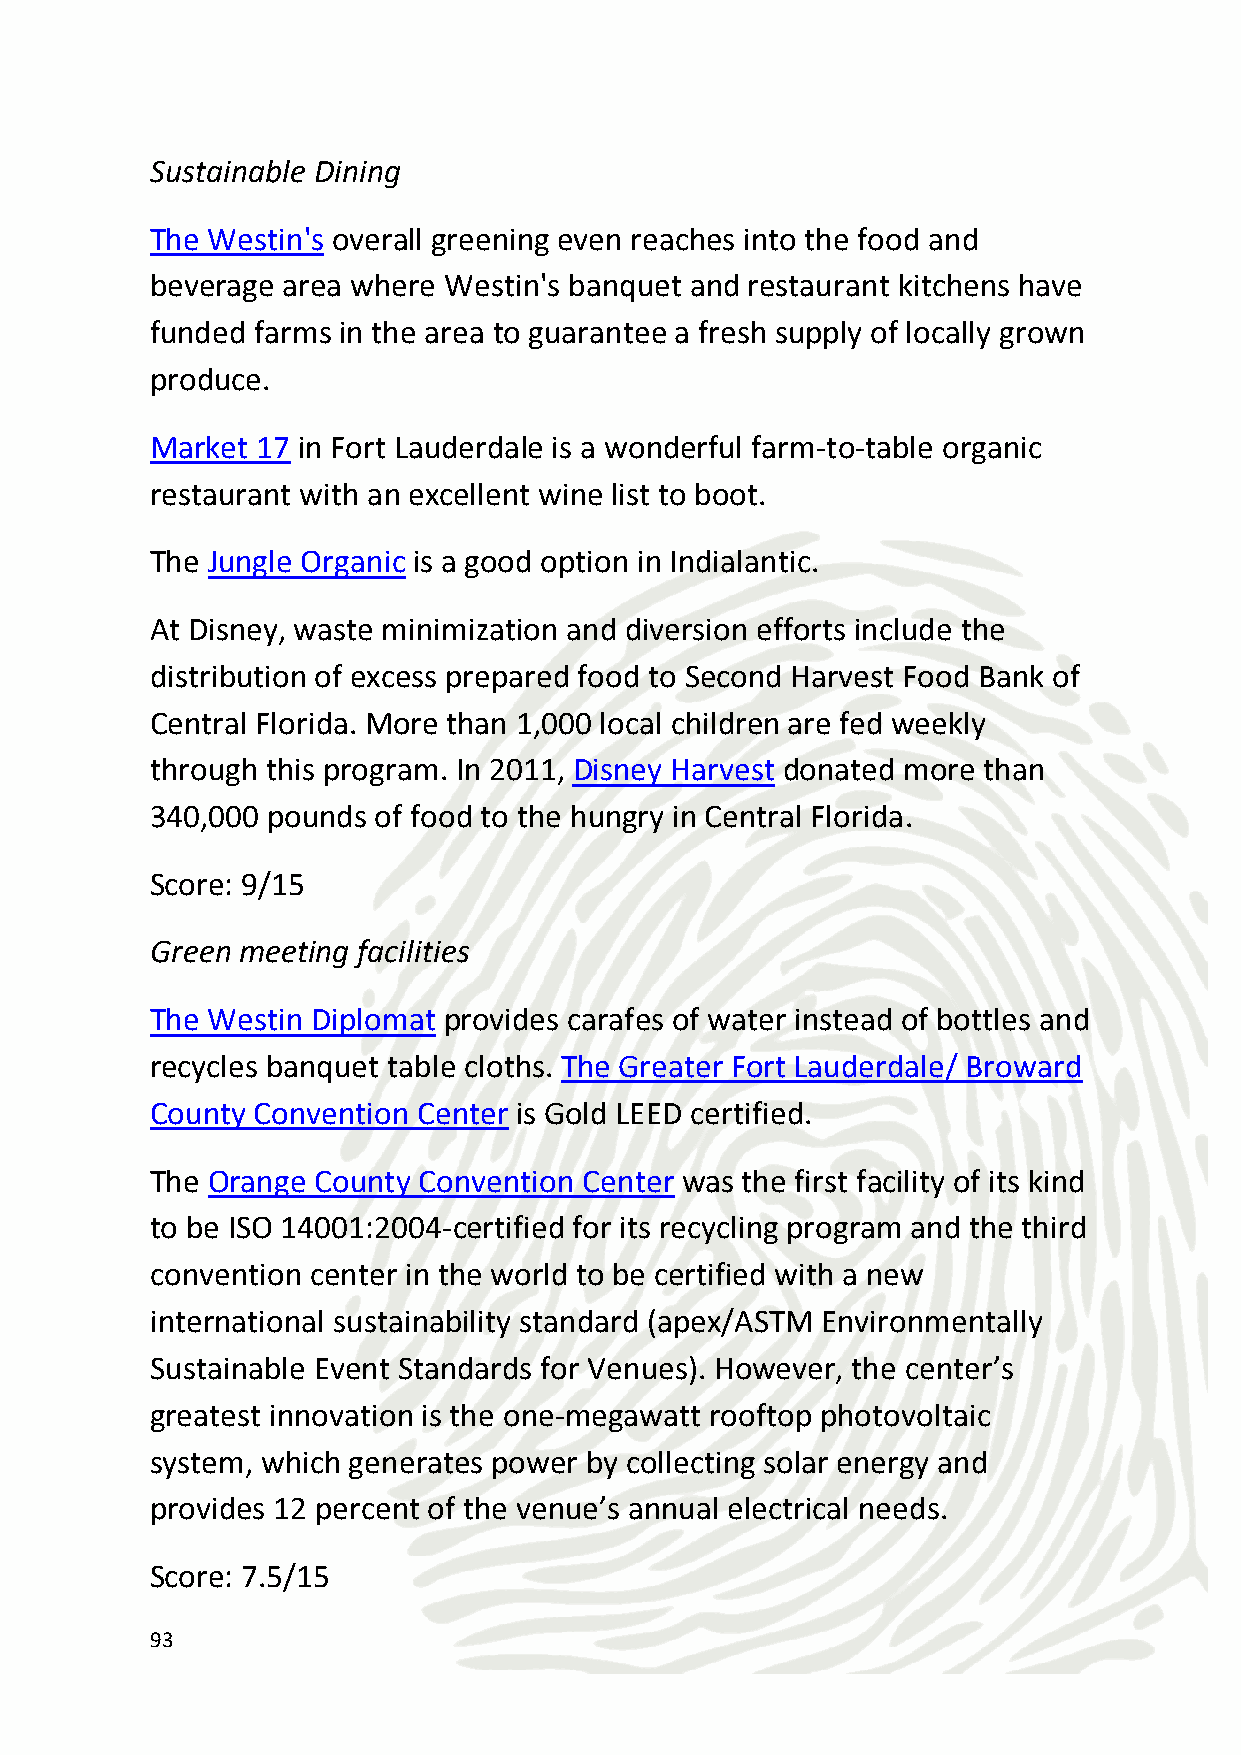
Green Transport
 Orlando was chosen as the destination by the Electrification Coalition
 to pilot the scaling of electric vehicle infrastructure with the Drive
 Electric Orlando program.
 Orlando airport has upgraded approximately 75% of airfield edge
 lighting to LED lamps, and upgraded approximately 35% of taxiway
 centerline lights to LED lamps
 Fort Lauderdale has 60 hybrid buses.
 Miami City’s efforts include expanding the Atlantic Green Way
 Network, increasing pedestrian safety, promoting access to
 alternative transportation and fuels and increasing the quality and
 availability of transit service Citywide. They have a shared bicycle
 system.
 Score: 9/15
 Eco-activities
 Florida offers snorkeling, bike trails, floating yoga (on paddleboards),
 paddle boarding, kayaking, and of course relaxing on the gorgeous
 beaches. In Hollywood over 1,500 pristine acres of wilderness and
 mangrove wetlands await visitors at West Lake Park and the Anne
 Kolb Nature Center. Visitors can enjoy a variety of activities including
 hiking, jogging, biking, canoeing, fishing, tennis and racquetball.
 There are abundant nature and canoe trails.
 In the town of Davie, known for its cowboy traditions and rodeos, the
 oak ridges and environmentally sensitive lands that were once home
 to ancient Native Americans are being preserved.
 At Fern Forest Nature Center in Pompano visitors can explore the
 hardwood  hammocks, open prairie area, cypress-maple swamp and
 94